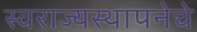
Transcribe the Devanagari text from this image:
स्वराज्यस्थापनेचे